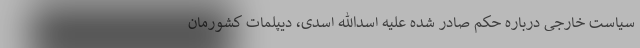
سیاست خارجی درباره حکم صادر شده علیه اسدالله اسدی، دیپلمات کشورمان